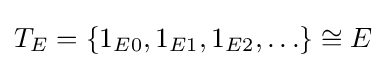
T_{E}=\{1_{E0},1_{E1},1_{E2},\ldots \}\cong E